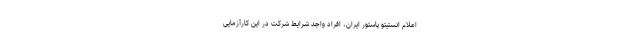
اعلام انستیتو پاستور ایران، افراد واجد شرایط شرکت در این کارآزمایی